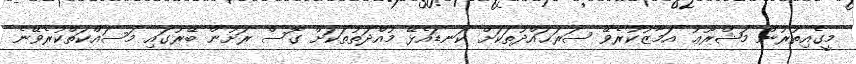
މީގެއިތުރުން މަޝްރޫޢު އަމާޒުކުރެވޭ ސަރަޙައްދުތަކަށް ކަނޑައެޅޭ މުއްދަތުތަކަށް ގޮސް ރަށުން ބޭރުގައި މަސައްކަތްކުރެވޭނެ